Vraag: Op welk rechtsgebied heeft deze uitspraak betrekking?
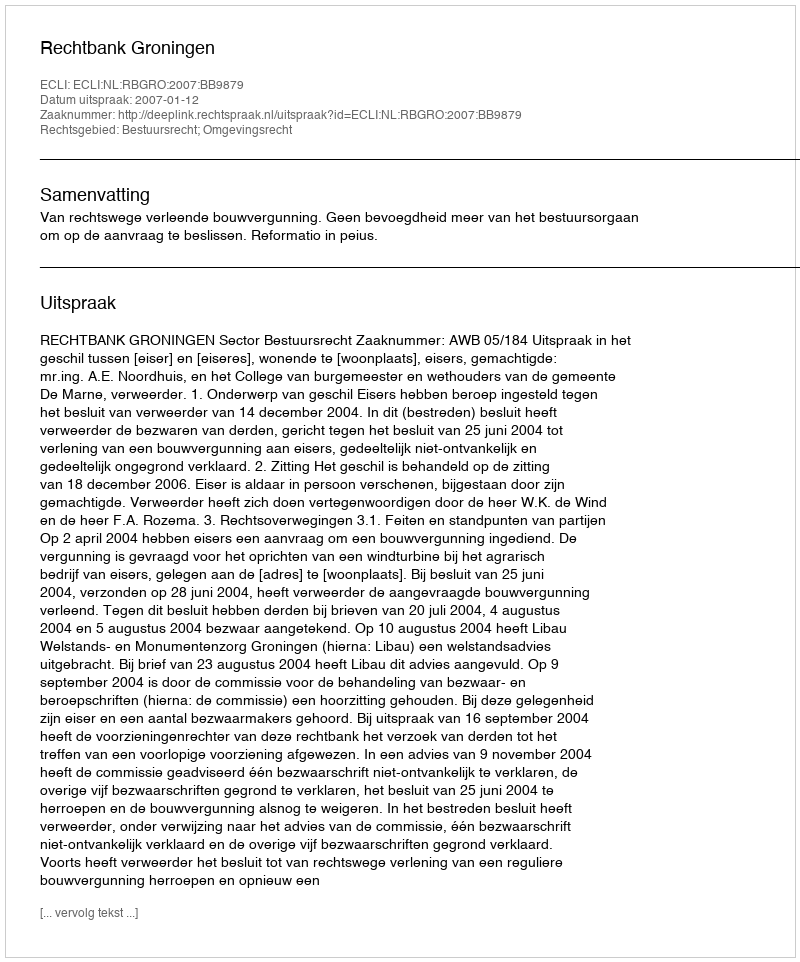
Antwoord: Bestuursrecht; Omgevingsrecht